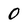
Character: 0